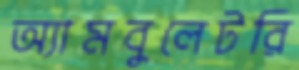
অ্যামবুলেটরি